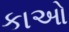
કાઓ